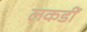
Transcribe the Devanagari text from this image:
लकडीं